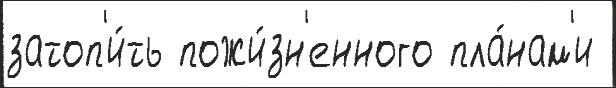
затоп'и́ть пожи́зн'енного пла́нам'и